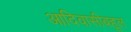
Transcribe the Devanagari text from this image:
आदिवासीबहूल